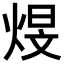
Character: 𪸻